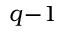
q \! - \! 1